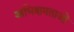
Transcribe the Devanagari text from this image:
अभिक्षमताओं